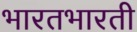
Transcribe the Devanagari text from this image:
भारतभारती